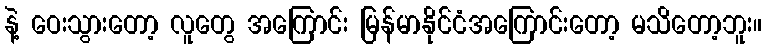
နဲ့ ဝေးသွားတော့ လူတွေ အကြောင်း မြန်မာနိုင်ငံအကြောင်းတော့ မသိတော့ဘူး။